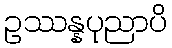
ဥဿန္နပုညာပိ